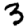
Digit: 3